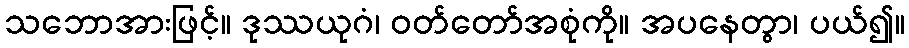
သဘောအားဖြင့်။ ဒုဿယုဂံ၊ ဝတ်တော်အစုံကို။ အပနေတွာ၊ ပယ်၍။